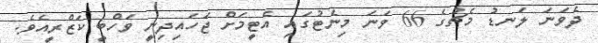
ދެވަނަ ލަނޑު މެޗުގެ 66 ވަނަ މިނެޓުގައި އެޓީމަށް ޖަހައިދިނީ ވަހްބީ ކަޒްރީއެވެ.